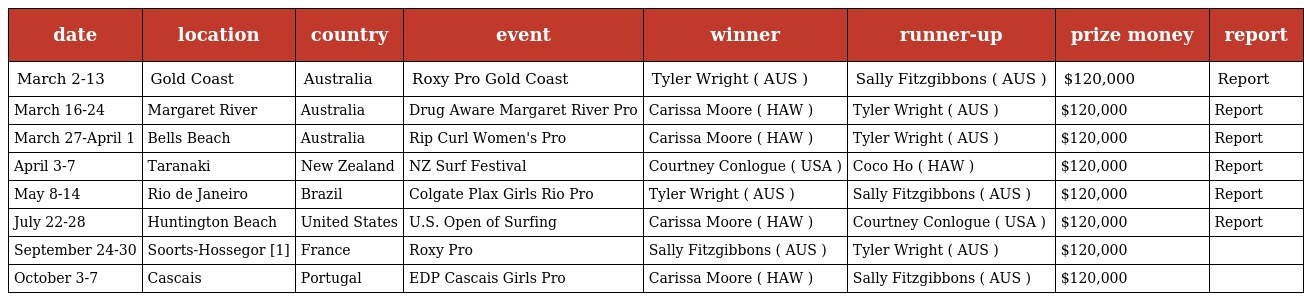
| date | location | country | event | winner | runner-up | prize money | report |
 | --- | --- | --- | --- | --- | --- | --- | --- |
 | March 2-13 | Gold Coast | Australia | Roxy Pro Gold Coast | Tyler Wright ( AUS ) | Sally Fitzgibbons ( AUS ) | $120,000 | Report |
 | March 16-24 | Margaret River | Australia | Drug Aware Margaret River Pro | Carissa Moore ( HAW ) | Tyler Wright ( AUS ) | $120,000 | Report |
 | March 27-April 1 | Bells Beach | Australia | Rip Curl Women's Pro | Carissa Moore ( HAW ) | Tyler Wright ( AUS ) | $120,000 | Report |
 | April 3-7 | Taranaki | New Zealand | NZ Surf Festival | Courtney Conlogue ( USA ) | Coco Ho ( HAW ) | $120,000 | Report |
 | May 8-14 | Rio de Janeiro | Brazil | Colgate Plax Girls Rio Pro | Tyler Wright ( AUS ) | Sally Fitzgibbons ( AUS ) | $120,000 | Report |
 | July 22-28 | Huntington Beach | United States | U.S. Open of Surfing | Carissa Moore ( HAW ) | Courtney Conlogue ( USA ) | $120,000 | Report |
 | September 24-30 | Soorts-Hossegor [1] | France | Roxy Pro | Sally Fitzgibbons ( AUS ) | Tyler Wright ( AUS ) | $120,000 |  |
 | October 3-7 | Cascais | Portugal | EDP Cascais Girls Pro | Carissa Moore ( HAW ) | Sally Fitzgibbons ( AUS ) | $120,000 |  |